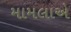
મામલાએ